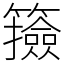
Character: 籡